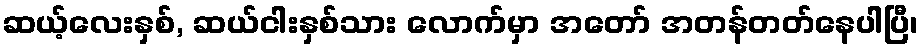
ဆယ့်လေးနှစ်, ဆယ်ငါးနှစ်သား လောက်မှာ အတော် အတန်တတ်နေပါပြီ၊